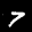
Label: 7